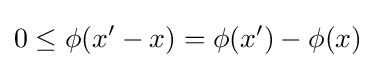
0\leq \phi (x'-x)=\phi (x')-\phi (x)